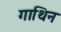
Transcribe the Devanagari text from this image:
गाथिन